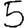
Digit: 5